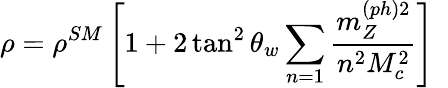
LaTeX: \rho=\rho^{SM}\left[1+2\tan^{2}\theta_{w}\sum_{n=1}\frac{m_{Z}^{(ph)2}}{n^{2}M_{c}^{2}}\right]\, \, \,